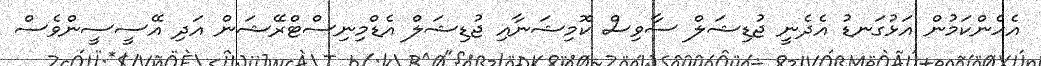
އެހެންކަމުން އަޅުގަނޑު އެދެނީ ޖުޑިޝަލް ސާވިސް ކޮމިޝަނާއި ޖުޑިޝަލް އެޑްމިނިސްޓްރޭޝަން އަދި އޭސީސީންވެސް